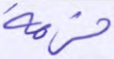
حزمة